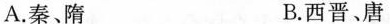
A.秦、隋 B.西晋、唐